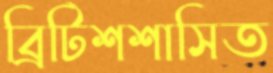
ব্রিটিশশাসিত